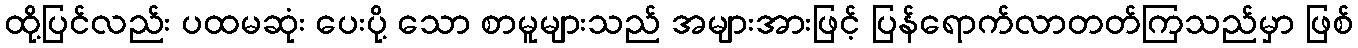
ထို့ပြင်လည်း ပထမဆုံး ပေးပို့ သော စာမူများသည် အများအားဖြင့် ပြန်ရောက်လာတတ်ကြသည်မှာ ဖြစ်